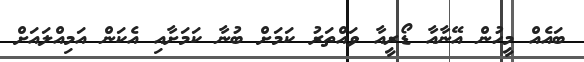
ބައެއް މީހުން އޭނާއާ ޑޯރީއާ ވައްތަރު ކަމަށް ބުނާ ކަމަށާއި އެކަން އަމިއްލައަށް